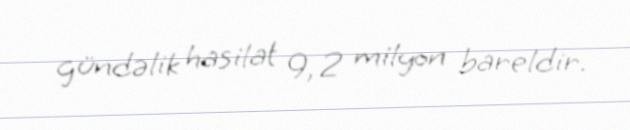
gündəlik hasilat 9, 2 milyon bareldir.